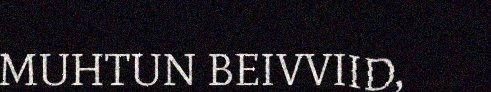
MUHTUN BEIVVIID,